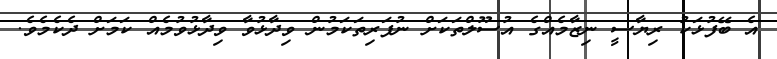
އެ ބޭފުޅަކު ރިޔާސީ ނިޒާމެއްގެ އުސޫލްތަކަށް ނުފަރިތަކަމުން ވިދާޅުވާ ވިދާޅުވުމެއް ކަމަށް ދެކެމެވެ.